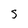
Character: S